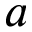
a